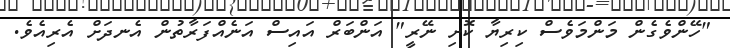
"ހޭންވެގެން މަންމަވެސް ކިރިޔާ ކޮށި ނޭރީ" އަންބަރް އައިސް އަނެއްފަރާތުން އެނދަށް އެރިއެވެ.